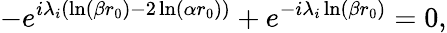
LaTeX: -e^{i\lambda_{i}(\ln(\beta r_{0})-2\ln(\alpha r_{0}))}+e^{-i\lambda_{i}\ln(\beta r_{0})}=0,